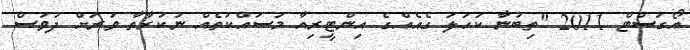
އޯގަސްޓް 2011 "ތިބުނާ ކަހަލަ ގެއެއްގެ އިންޓީރިއާ މަސައްކަތެއް ނުކުރާތާ ވަރަށް ދުވަސް